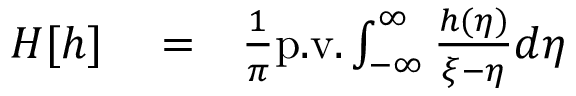
\begin{array} { r l r } { H [ h ] } & { { } = } & { \frac { 1 } { \pi } \mathrm { p . v . } \int _ { - \infty } ^ { \infty } \frac { h ( \eta ) } { \xi - \eta } d \eta } \end{array}